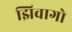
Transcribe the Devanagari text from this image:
झिवागो